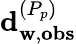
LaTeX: \mathbf{d}_{\mathbf{w},\mathbf{obs}}^{(P_{p})}